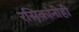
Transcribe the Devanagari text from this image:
रसिकांनीही